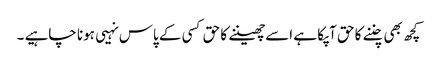
کچھ بھی چننے کا حق آپکا ہے اسےچھیننے کا حق کسی کے پاس نہیی ہونا چاہیے ۔